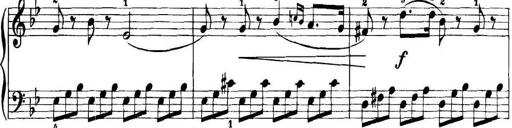
Title: 11 Sonatinas
Composer: Anton Diabelli